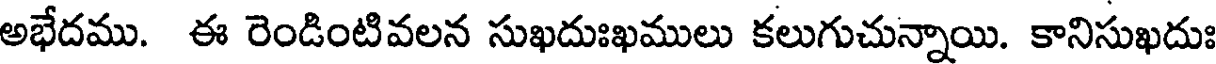
అభేదము. ఈ రెండింటివలన సుఖదుఃఖములు కలుగుచున్నాయి. కానిసుఖదుః